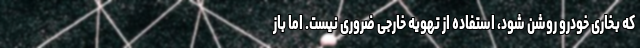
که بخاری خودرو روشن شود، استفاده از تهویه خارجی ضروری نیست. اما باز